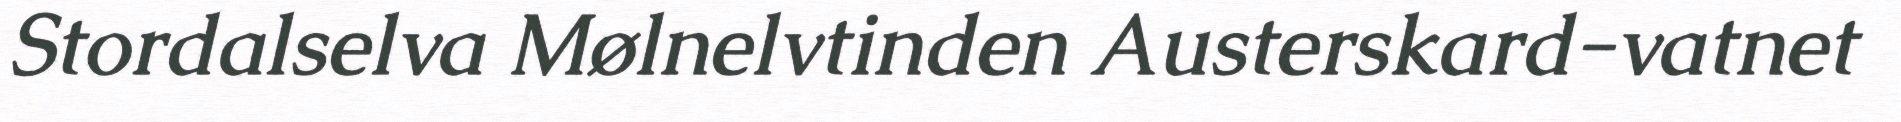
Stordalselva Mølnelvtinden Austerskard-vatnet